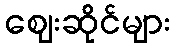
ဈေးဆိုင်များ